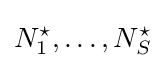
N_{1}^{\star },\ldots ,N_{S}^{\star }